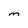
Character: m